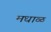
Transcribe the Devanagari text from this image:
मधाळ